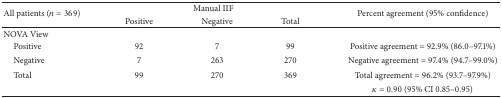
<table><thead><tr><td rowspan="2"><b>All patients (<i>n</i> = 369)</b></td><td colspan="3"><b>Manual IIF</b></td><td rowspan="2"><b>Percent agreement (95% confidence)</b></td></tr><tr><td><b>Positive</b></td><td><b>Negative</b></td><td><b>Total</b></td></tr></thead><tbody><tr><td>NOVA View</td><td> </td><td> </td><td> </td><td> </td></tr><tr><td> Positive</td><td>92</td><td>7</td><td>99</td><td>Positive agreement = 92.9% (86.0–97.1%)</td></tr><tr><td> Negative</td><td>7</td><td>263</td><td>270</td><td>Negative agreement = 97.4% (94.7–99.0%)</td></tr><tr><td> Total</td><td>99</td><td>270</td><td>369</td><td>Total agreement = 96.2% (93.7–97.9%)</td></tr><tr><td> </td><td> </td><td> </td><td> </td><td><i>κ</i> = 0.90 (95% CI 0.85–0.95)</td></tr></tbody></table>